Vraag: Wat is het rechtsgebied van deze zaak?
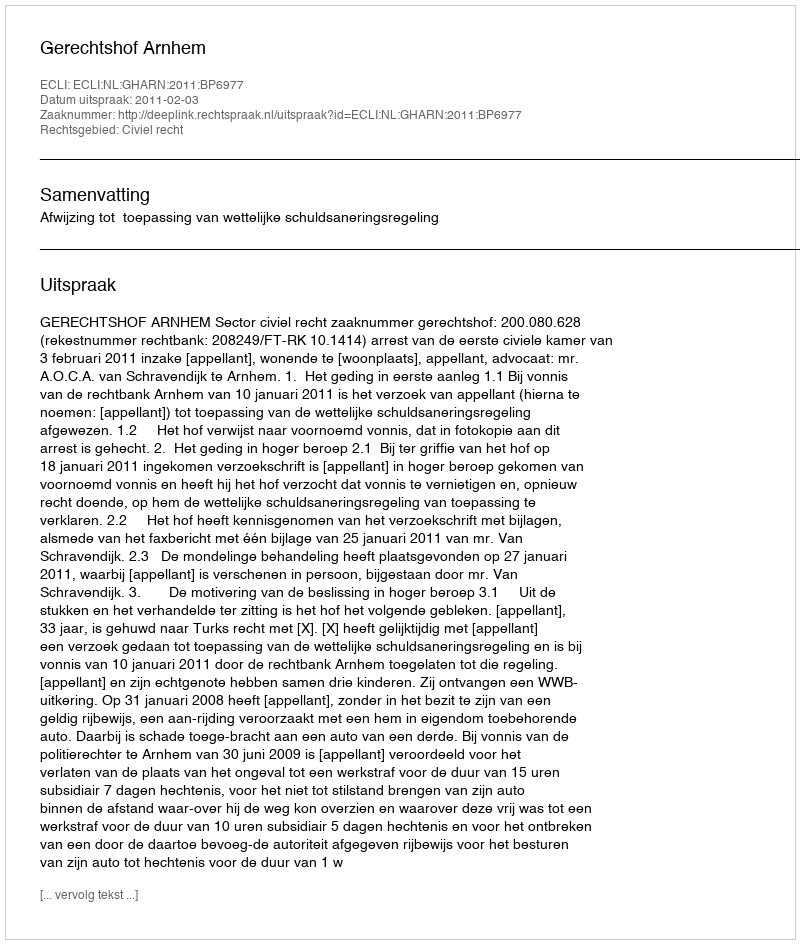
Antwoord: Civiel recht